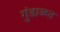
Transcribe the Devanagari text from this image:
गुंडाळत